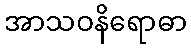
အာသဝနိရောဓာ